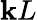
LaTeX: \mathbf{k}L